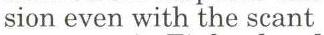
sion even with the scant